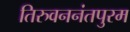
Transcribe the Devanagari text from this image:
तिरुवननंतपुरम